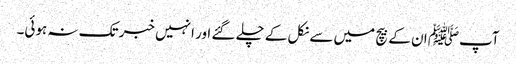
آپﷺ ان کے بیچ میں سے نکل کے چلے گئے اور انہیں خبر تک نہ ہوئی۔